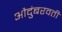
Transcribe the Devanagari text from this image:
औदुंबरवती